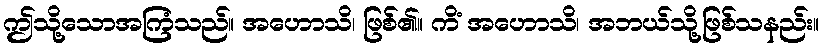
ဤသို့သောအကြံသည်။ အဟောသိ၊ ဖြစ်၏။ ကိံ အဟောသိ၊ အဘယ်သို့ဖြစ်သနည်း။